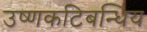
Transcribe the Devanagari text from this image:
उष्णकटिबन्धिय